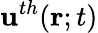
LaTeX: \mathbf{u}^{th}(\mathbf r;t)